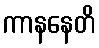
ကာနနေတိ